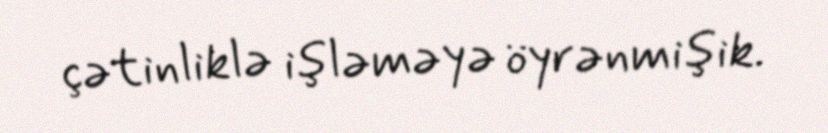
çətinliklə işləməyə öyrənmişik.